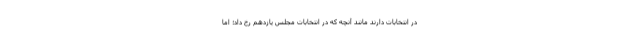
در انتخابات دارند مانند آنچه که در انتخابات مجلس یازدهم رخ داد؛ اما